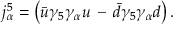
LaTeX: j _ { \alpha } ^ { 5 } = \left( \bar { u } \gamma _ { 5 } \gamma _ { \alpha } u \, - \, \bar { d } \gamma _ { 5 } \gamma _ { \alpha } d \right) .